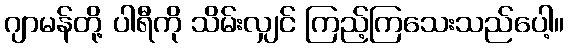
ဂျာမန်တို့ ပါရီကို သိမ်းလျှင် ကြည့်ကြသေးသည်ပေါ့။